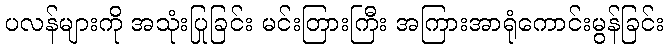
ပလန်များကို အသုံးပြုခြင်း မင်းတြားကြီး အကြားအာရုံကောင်းမွန်ခြင်း